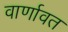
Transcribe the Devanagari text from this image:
वार्णावत